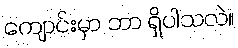
ကျောင်းမှာ ဘာ ရှိပါသလဲ။